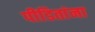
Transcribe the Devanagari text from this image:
पीडितांना